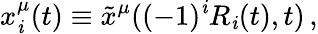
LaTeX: x_{\mathit{i}}^{\mu}(t)\equiv\tilde{{x}}^{\mu}((-1)^{\mathit{i}}R_{\mathit{i}}(t),t)\, ,